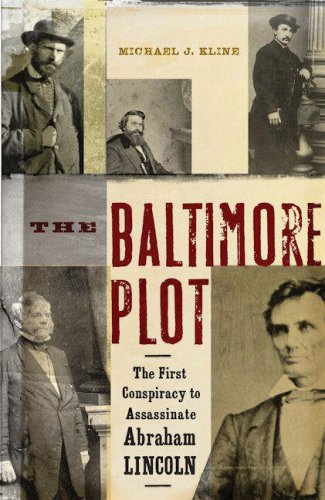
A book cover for The Baltimore Plot: The First Conspiracy to Assassinate Abraham Lincoln; Michael J. Kline; Travel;